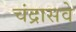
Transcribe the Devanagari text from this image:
चंद्रासवे